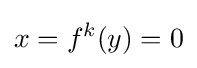
x=f^{k}(y)=0